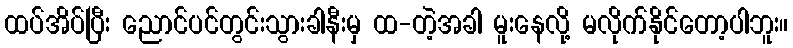
ထပ်အိပ်ပြီး ညောင်ပင်တွင်းသွားခါနီးမှ ထ-တဲ့အခါ မူးနေလို့ မလိုက်နိုင်တော့ပါဘူး။